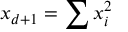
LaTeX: x _ { d + 1 } = \sum x _ { i } ^ { 2 }